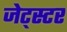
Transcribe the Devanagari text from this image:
जेट्स्टर